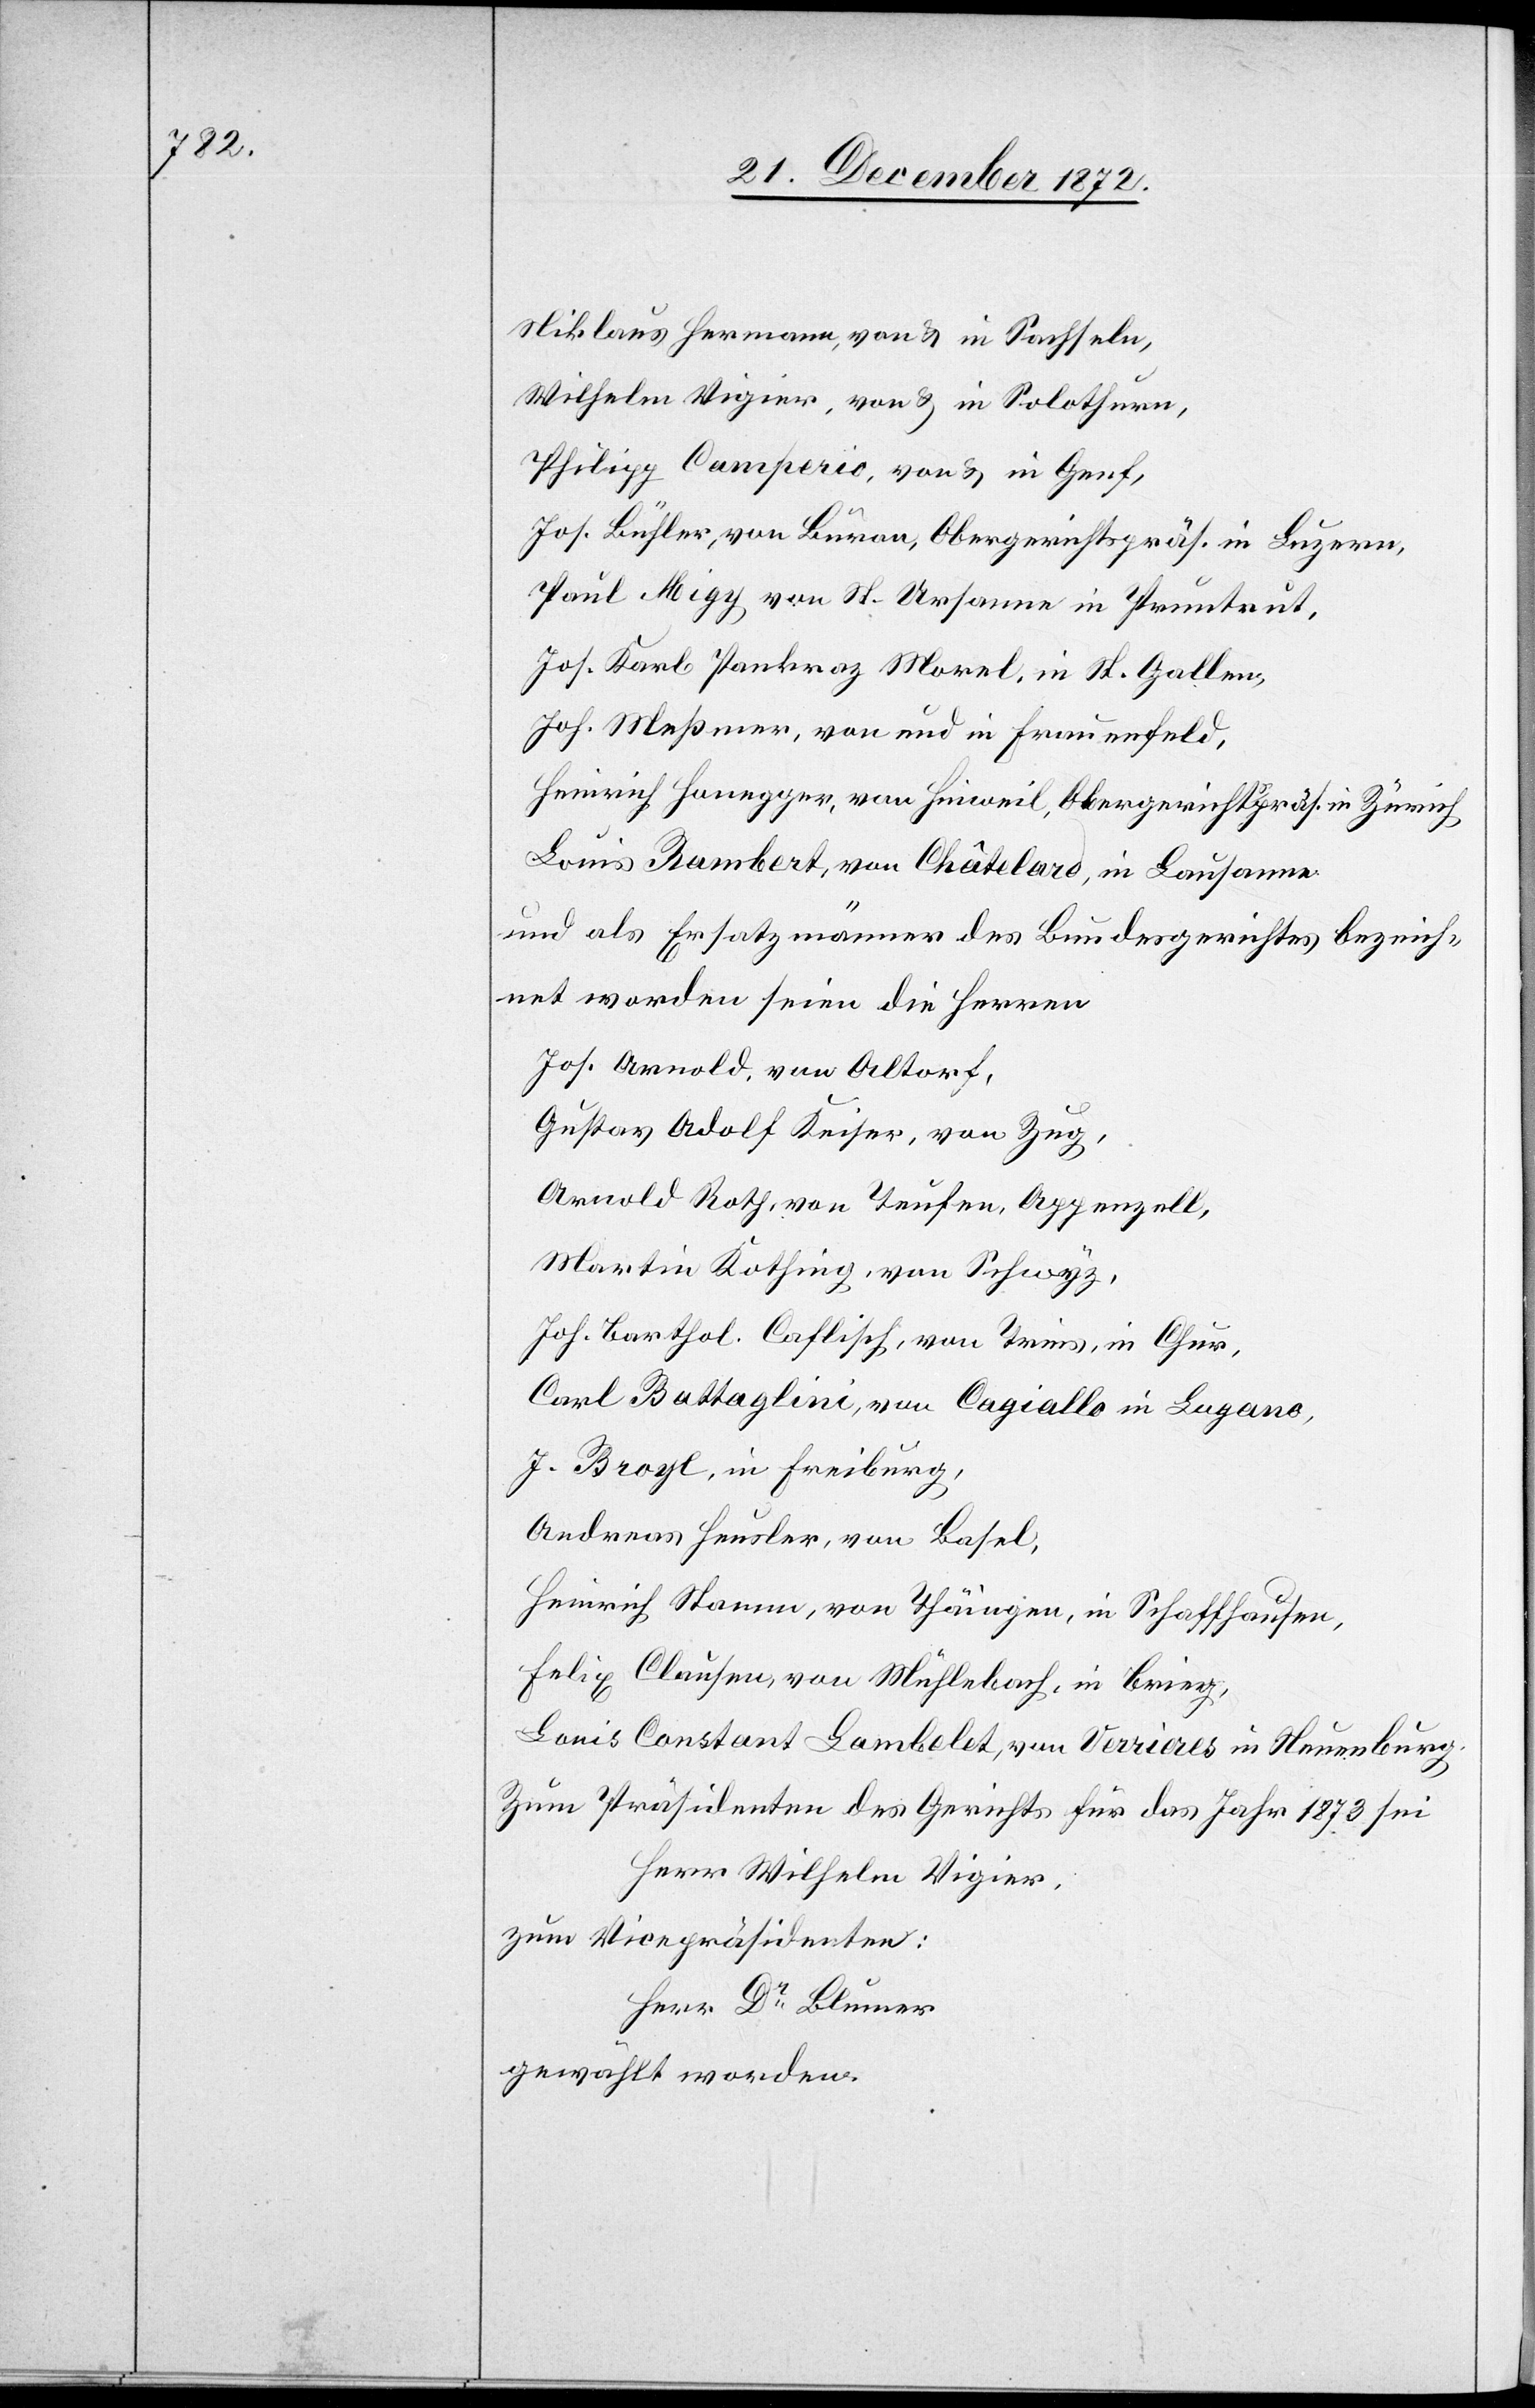
Niklaus Hermann, von u. in Sachseln,
Wilhelm Vigier, von u. in Solothurn,
Philipp Camperio, von u. in Genf,
Jos. Büchler, von Büron, Obergerichtspräs. in Luzern,
Paul Migy von St. Ursanne in Pruntrut,
Jos. Karl Pankraz Morel, in St. Gallen,
Joh. Meßmer, von und in Frauenfeld,
Heinrich Honegger, von Hinweil, Obergerichtspräs. in Zürich
Louis Bombert, von Châtelard, in Lausanne
und als Ersatzmänner des Bundesgerichtes bezeich¬
net worden seien die Herren
Jos. Arnold von Altorf,
Gustav Adolf Keiser, von Zug,
Arnold Roth, von Teufen, Appenzell,
Martin Kothing, von Schwyz,
Joh. Barthol. Caflisch, von Treis, in Chur,
Carl Battaglini, von Cagiallo in Lugano,
J. Broyl, in Freiburg,
Andreas Heusler, von Basel,
Heinrich Stamm, von Thäingen, in Schaffhausen,
Felix Clausen, von Mühlebach, in Brieg,
Louis Constanz Lambelet, von Verrieres in Neuenburg.
Zum Präsidenten des Gerichts für das Jahr 1873 sei
Herr Wilhelm Vigier.
zum Vicepräsidenten:
Herr Dr Blumer
gewählt worden.